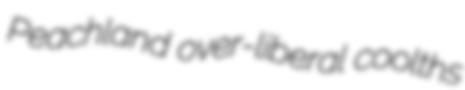
Peachland over-liberal coolths